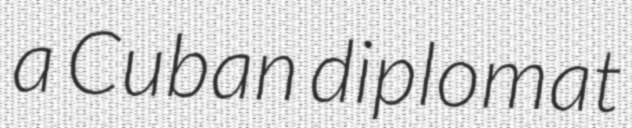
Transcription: a Cuban diplomat